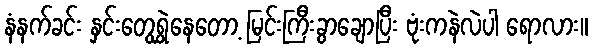
နံနက်ခင်း နှင်းတွေရွှဲနေတော့ မြင်းကြီးခွာချောပြီး ဗုံးကနဲလဲပါ ရောလား။